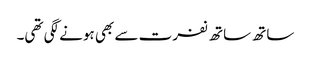
ساتھ ساتھ نفرت سے بھی ہونے لگی تھی۔